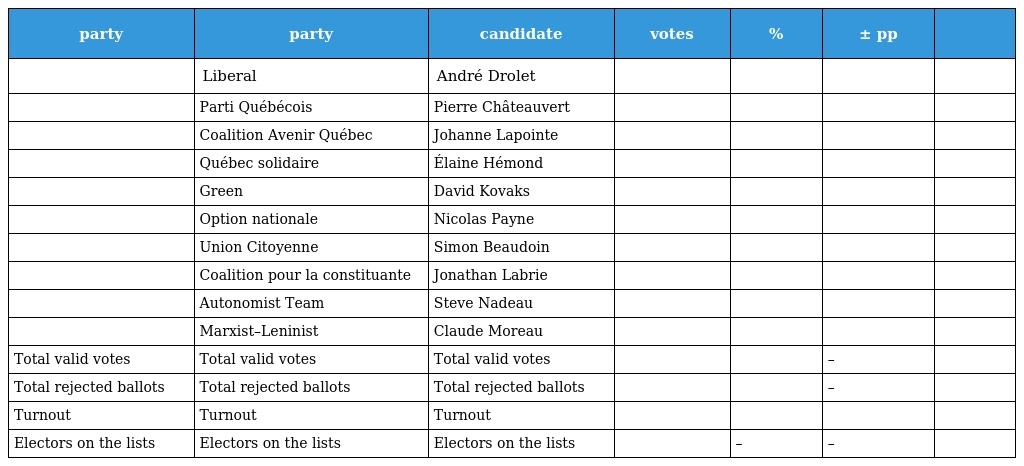
| party | party | candidate | votes | % | ± pp |  |
 | --- | --- | --- | --- | --- | --- | --- |
 |  | Liberal | André Drolet |  |  |  |  |
 |  | Parti Québécois | Pierre Châteauvert |  |  |  |  |
 |  | Coalition Avenir Québec | Johanne Lapointe |  |  |  |  |
 |  | Québec solidaire | Élaine Hémond |  |  |  |  |
 |  | Green | David Kovaks |  |  |  |  |
 |  | Option nationale | Nicolas Payne |  |  |  |  |
 |  | Union Citoyenne | Simon Beaudoin |  |  |  |  |
 |  | Coalition pour la constituante | Jonathan Labrie |  |  |  |  |
 |  | Autonomist Team | Steve Nadeau |  |  |  |  |
 |  | Marxist–Leninist | Claude Moreau |  |  |  |  |
 | Total valid votes | Total valid votes | Total valid votes |  |  | – |  |
 | Total rejected ballots | Total rejected ballots | Total rejected ballots |  |  | – |  |
 | Turnout | Turnout | Turnout |  |  |  |  |
 | Electors on the lists | Electors on the lists | Electors on the lists |  | – | – |  |